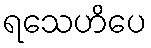
ရသေဟိပေ